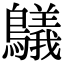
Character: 鸃